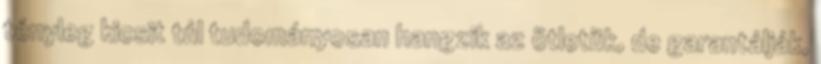
tényleg kicsit túl tudományosan hangzik az ötletük, de garantálják,